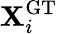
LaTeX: {\mathbf X}_{i}^{\mathrm{GT}}